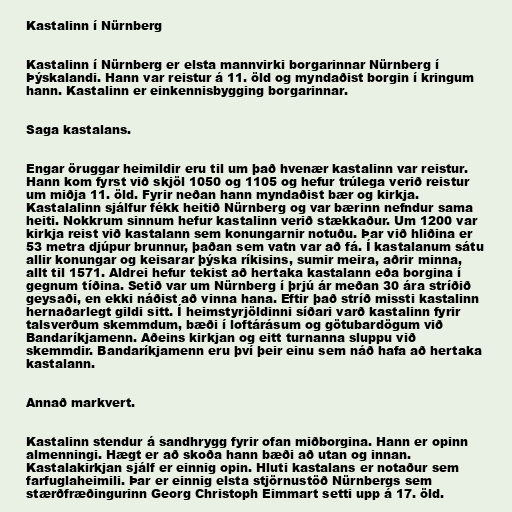
Kastalinn í Nürnberg

Kastalinn í Nürnberg er elsta mannvirki borgarinnar Nürnberg í
Þýskalandi. Hann var reistur á 11. öld og myndaðist borgin í kringum
hann. Kastalinn er einkennisbygging borgarinnar.

Saga kastalans.

Engar öruggar heimildir eru til um það hvenær kastalinn var reistur.
Hann kom fyrst við skjöl 1050 og 1105 og hefur trúlega verið reistur
um miðja 11. öld. Fyrir neðan hann myndaðist bær og kirkja.
Kastalalinn sjálfur fékk heitið Nürnberg og var bærinn nefndur sama
heiti. Nokkrum sinnum hefur kastalinn verið stækkaður. Um 1200 var
kirkja reist við kastalann sem konungarnir notuðu. Þar við hliðina er
53 metra djúpur brunnur, þaðan sem vatn var að fá. Í kastalanum sátu
allir konungar og keisarar þýska ríkisins, sumir meira, aðrir minna,
allt til 1571. Aldrei hefur tekist að hertaka kastalann eða borgina í
gegnum tíðina. Setið var um Nürnberg í þrjú ár meðan 30 ára stríðið
geysaði, en ekki náðist að vinna hana. Eftir það stríð missti kastalinn
hernaðarlegt gildi sitt. Í heimstyrjöldinni síðari varð kastalinn fyrir
talsverðum skemmdum, bæði í loftárásum og götubardögum við
Bandaríkjamenn. Aðeins kirkjan og eitt turnanna sluppu við
skemmdir. Bandaríkjamenn eru því þeir einu sem náð hafa að hertaka
kastalann.

Annað markvert.

Kastalinn stendur á sandhrygg fyrir ofan miðborgina. Hann er opinn
almenningi. Hægt er að skoða hann bæði að utan og innan.
Kastalakirkjan sjálf er einnig opin. Hluti kastalans er notaður sem
farfuglaheimili. Þar er einnig elsta stjörnustöð Nürnbergs sem
stærðfræðingurinn Georg Christoph Eimmart setti upp á 17. öld.